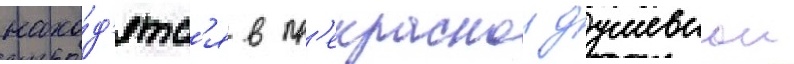
нахо́д'ятс'я в пр'екраснои душевнои